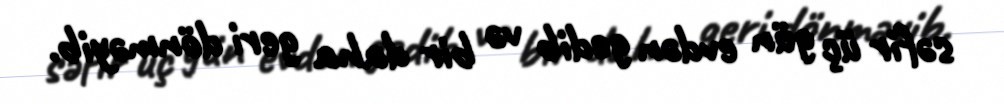
səfir üç gün evdən gedib və bir daha geri dönməyib.